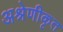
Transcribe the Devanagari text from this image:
अश्रेणीकृत